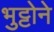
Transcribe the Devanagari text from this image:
भुट्टोने